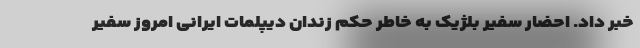
خبر داد. احضار سفیر بلژیک به خاطر حکم زندان دیپلمات ایرانی امروز سفیر